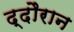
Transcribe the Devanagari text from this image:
द्दौरान